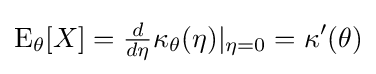
\mathrm {E} _{\theta }[X]={\tfrac {d}{d\eta }}\kappa _{\theta }(\eta )|_{\eta =0}=\kappa '(\theta )